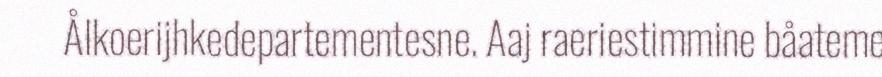
Ålkoerijhkedepartementesne. Aaj raeriestimmine båateme